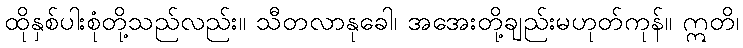
ထိုနှစ်ပါးစုံတို့သည်လည်း။ သီတလာနုခေါ၊ အအေးတို့ချည်းမဟုတ်ကုန်။ ဣတိ၊